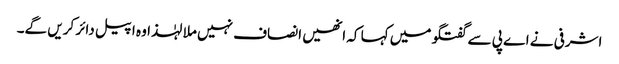
اشرفی نے اے پی سے گفتگو میں کہا کہ انھیں انصاف نہیں ملا لہٰذا وہ اپیل دائر کریں گے۔